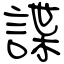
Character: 諜